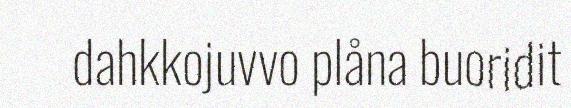
dahkkojuvvo plåna buoridit